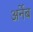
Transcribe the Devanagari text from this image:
अर्नेब